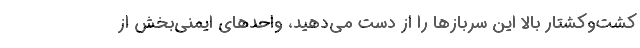
کشت‌وکشتار بالا این سربازها را از دست می‌دهید، واحدهای ایمنی‌بخش از